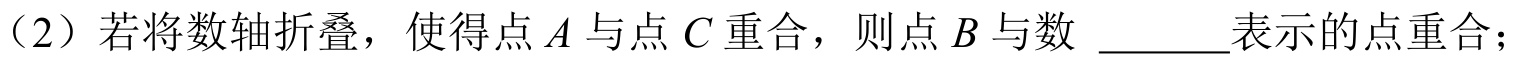
（2）若将数轴折叠，使得点\(A\)与点\(C\)重合，则点\(B\)与数 \(\underline{\quad\quad}\)表示的点重合；